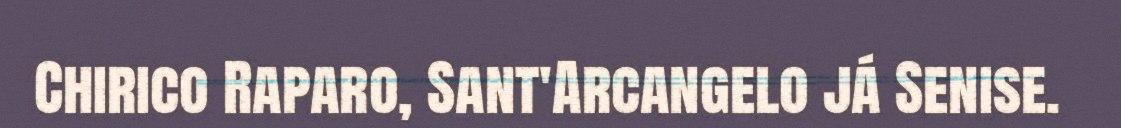
Chirico Raparo, Sant'Arcangelo já Senise.